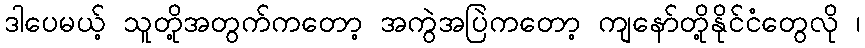
ဒါပေမယ့် သူတို့အတွက်ကတော့ အကွဲအပြဲကတော့ ကျနော်တို့နိုင်ငံတွေလို ၊